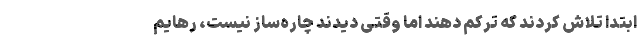
ابتدا تلاش کردند که ترکم دهند اما وقتی دیدند چاره‌ساز نیست، رهایم